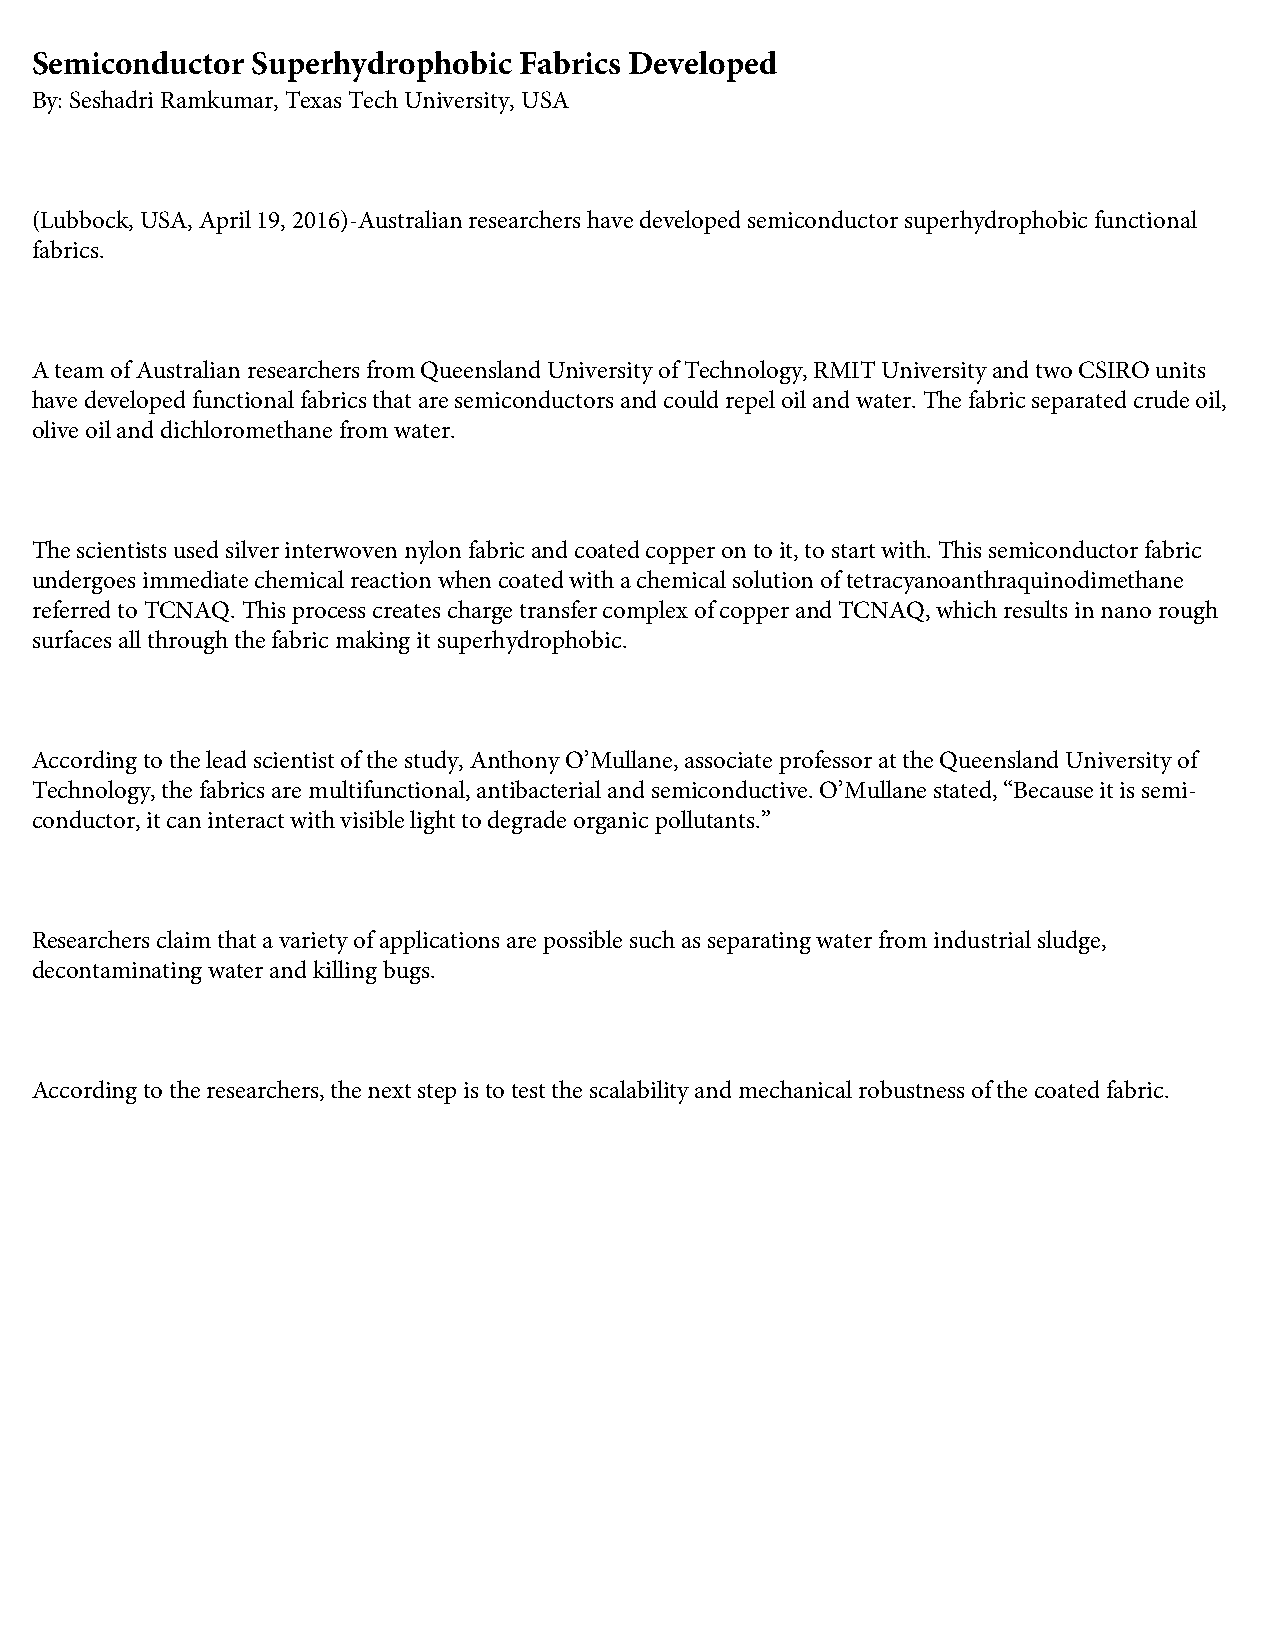
Semiconductor  Superhydrophobic Fabrics Developed
 By: Seshadri Ramkumar, Texas Tech University, USA
 (Lubbock, USA, April 19, 2016)-Australian researchers have developed semiconductor superhydrophobic functional
 fabrics.
 A team of Australian researchers from Queensland University of Technology, RMIT University and two CSIRO units
 have developed functional fabrics that are semiconductors and could repel oil and water. The fabric separated crude oil,
 olive oil and dichloromethane from water.
 The scientists used silver interwoven nylon fabric and coated copper on to it, to start with. This semiconductor fabric
 undergoes immediate chemical reaction when coated with a chemical solution of tetracyanoanthraquinodimethane
 referred to TCNAQ. This process creates charge transfer complex of copper and TCNAQ, which results in nano rough
 surfaces all through the fabric making it superhydrophobic.
 According to the lead scientist of the study, Anthony O’Mullane, associate professor at the Queensland University of
 Technology, the fabrics are multifunctional, antibacterial and semiconductive. O’Mullane stated, “Because it is semi-
 conductor, it can interact with visible light to degrade organic pollutants.”
 Researchers claim that a variety of applications are possible such as separating water from industrial sludge,
 decontaminating water and killing bugs.
 According to the researchers, the next step is to test the scalability and mechanical robustness of the coated fabric.